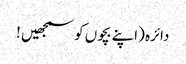
دائرہ (اپنے بچوں کو سمجھیں !